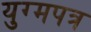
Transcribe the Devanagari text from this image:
युग्मपत्र